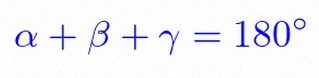
\alpha+\beta+\gamma=180^\circ